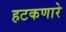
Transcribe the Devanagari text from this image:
हटकणारे